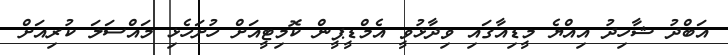
އަބްދު ޝާހިދު އިއްޔެ މީޑިއާގައި ވިދާޅުވީ އެމްޑީޕީން ކޮމިޓީއަށް ހުށަހެޅި މައްސަލަ ކުރިއަށް